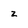
Character: z